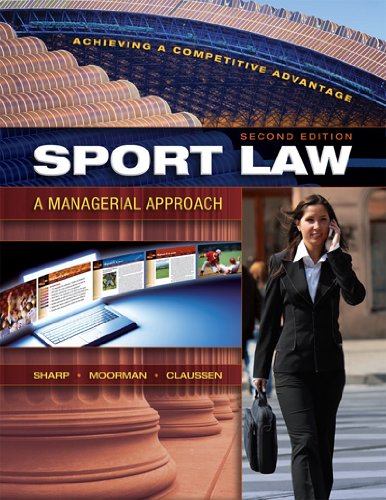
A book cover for Sport Law: A Managerial Approach, Second Edition; Linda Sharp; Law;